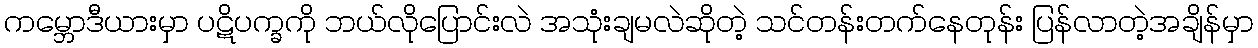
ကမ္ဘောဒီယားမှာ ပဋိပက္ခကို ဘယ်လိုပြောင်းလဲ အသုံးချမလဲဆိုတဲ့ သင်တန်းတက်နေတုန်း ပြန်လာတဲ့အချိန်မှာ